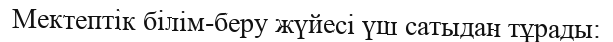
Мектептік білім-беру жүйесі үш сатыдан тұрады: